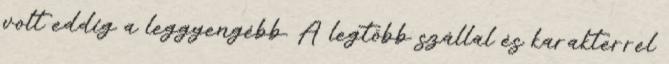
volt eddig a leggyengébb. A legtöbb szállal és karakterrel